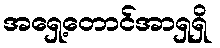
အရှေ့တောင်အာရှရှိ